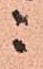
ニ